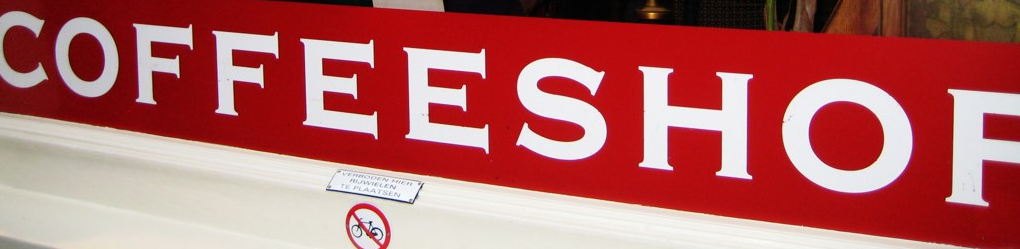
COFFEESHOP